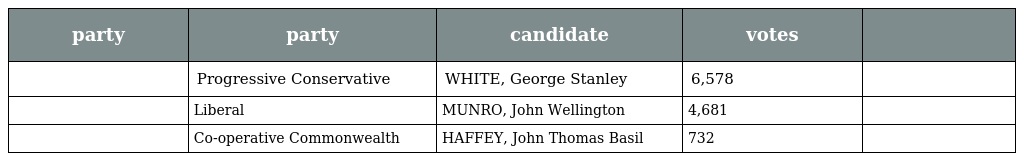
| party | party | candidate | votes |  |
 | --- | --- | --- | --- | --- |
 |  | Progressive Conservative | WHITE, George Stanley | 6,578 |  |
 |  | Liberal | MUNRO, John Wellington | 4,681 |  |
 |  | Co-operative Commonwealth | HAFFEY, John Thomas Basil | 732 |  |